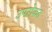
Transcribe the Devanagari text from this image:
उपरोकत